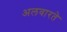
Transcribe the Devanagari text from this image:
अलवारते